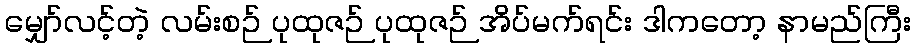
မျှော်လင့်တဲ့ လမ်းစဉ် ပုထုဇဉ် ပုထုဇဉ် အိပ်မက်ရင်း ဒါကတော့ နာမည်ကြီး